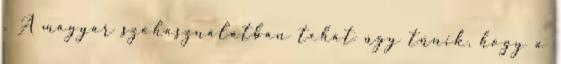
. A magyar szóhasználatban tehát úgy tűnik, hogy a